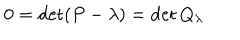
LaTeX: 0 = \det ( P - \lambda ) = \det Q _ { \lambda }